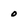
Character: 0